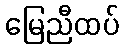
မြေညီထပ်